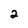
Character: 2